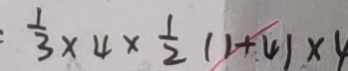
: \frac { 1 } { 3 } \times 4 \times \frac { 1 } { 2 } ( 1 + 4 ) \times 4